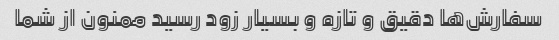
سفارش‌ها دقیق و تازه و بسیار زود رسید ممنون از شما